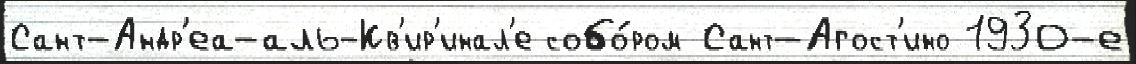
Сант-Андр'еа-аль-Кв'ир'инал'е собо́ром Сант-Агост'ино 1930-е